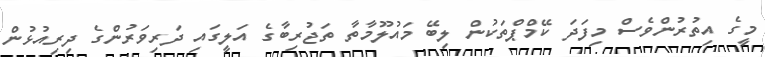
މީގެ އިތުރުންވެސް މިފަދަ ކޭމްޕްތަކުން ލިބޭ މައުލޫމާތާ ތަޖުރިބާގެ އަލީގައި ދަރިވަރުންގެ ދިރިއުޅުން